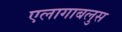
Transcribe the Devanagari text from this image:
एलागाबलुस